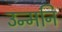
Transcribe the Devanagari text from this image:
उन्मनि